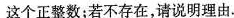
这个正整数；若不存在，请说明理由.